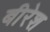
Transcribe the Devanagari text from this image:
बीरेश